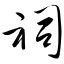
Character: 祠